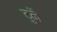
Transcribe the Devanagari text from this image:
दुनै